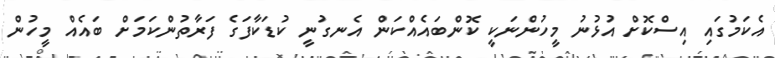
އެކަމުގައި އިސްކޮށް އުޅުނު މީހުންނަކީ ކޮންބައެއްކަން އެނގުނީ ކުޑަކާފަގެ ފަރާތުންކަމަށް ބައެއް މީހުން